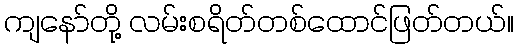
ကျနော်တို့ လမ်းစရိတ်တစ်ထောင်ဖြတ်တယ်။